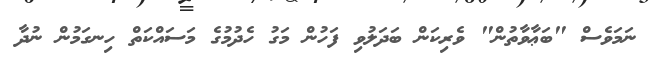
ނަމަވެސް "ބަޢާވާތުން" ވެރިކަން ބަދަލުވި ފަހުން މަގު ހެދުމުގެ މަސައްކަތް ހިނގަމުން ނުދާ